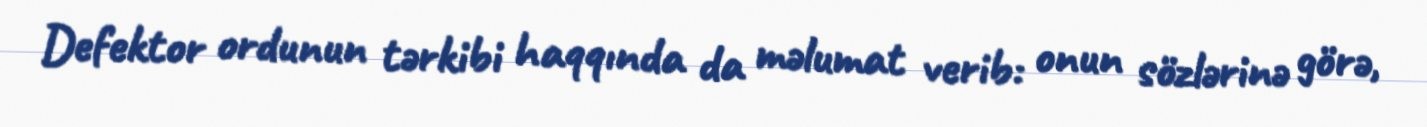
Defektor ordunun tərkibi haqqında da məlumat verib: onun sözlərinə görə,